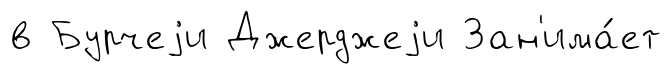
в Бурчеjи Джерджеjи Зан'има́ет